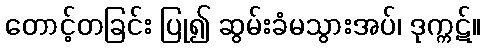
တောင့်တခြင်း ပြု၍ ဆွမ်းခံမသွားအပ်၊ ဒုက္ကဋ်။